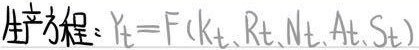
生产方程：$Y_t = F(K_t,R_t,N_t,A_t,S_t)$